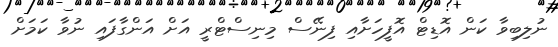
ނުލިބިވާ ކަން އޮޑިޓް އޮފީހަށާއި ފިނޭސް މިނިސްޓްރީ އަށް އަންގާފައި ނުވާ ކަމަށް